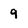
Character: 9